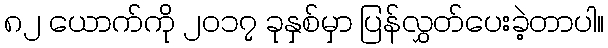
၈၂ ယောက်ကို ၂၀၁၇ ခုနှစ်မှာ ပြန်လွှတ်ပေးခဲ့တာပါ။